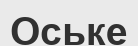
Оське